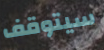
سيتوقف